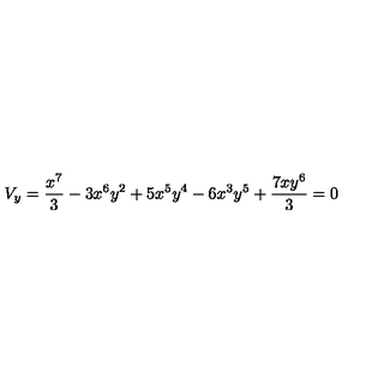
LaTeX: V _ { y } = { \frac { { x ^ { 7 } } } { 3 } } - 3 { x ^ { 6 } } { y ^ { 2 } } + 5 { x ^ { 5 } } { y ^ { 4 } } - 6 { x ^ { 3 } } { y ^ { 5 } } + { \frac { 7 x { y ^ { 6 } } } { 3 } } = 0